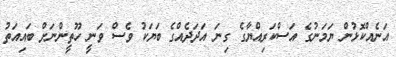
އަނެއްކޮޅުން ޔަމަނުގެ އަސްކަރިއްޔާގެ ގިނަ އަދަދެއްގެ ބަޔަކު ވެސް ވަނީ ހޫތީންނަށް ބައިއަތު